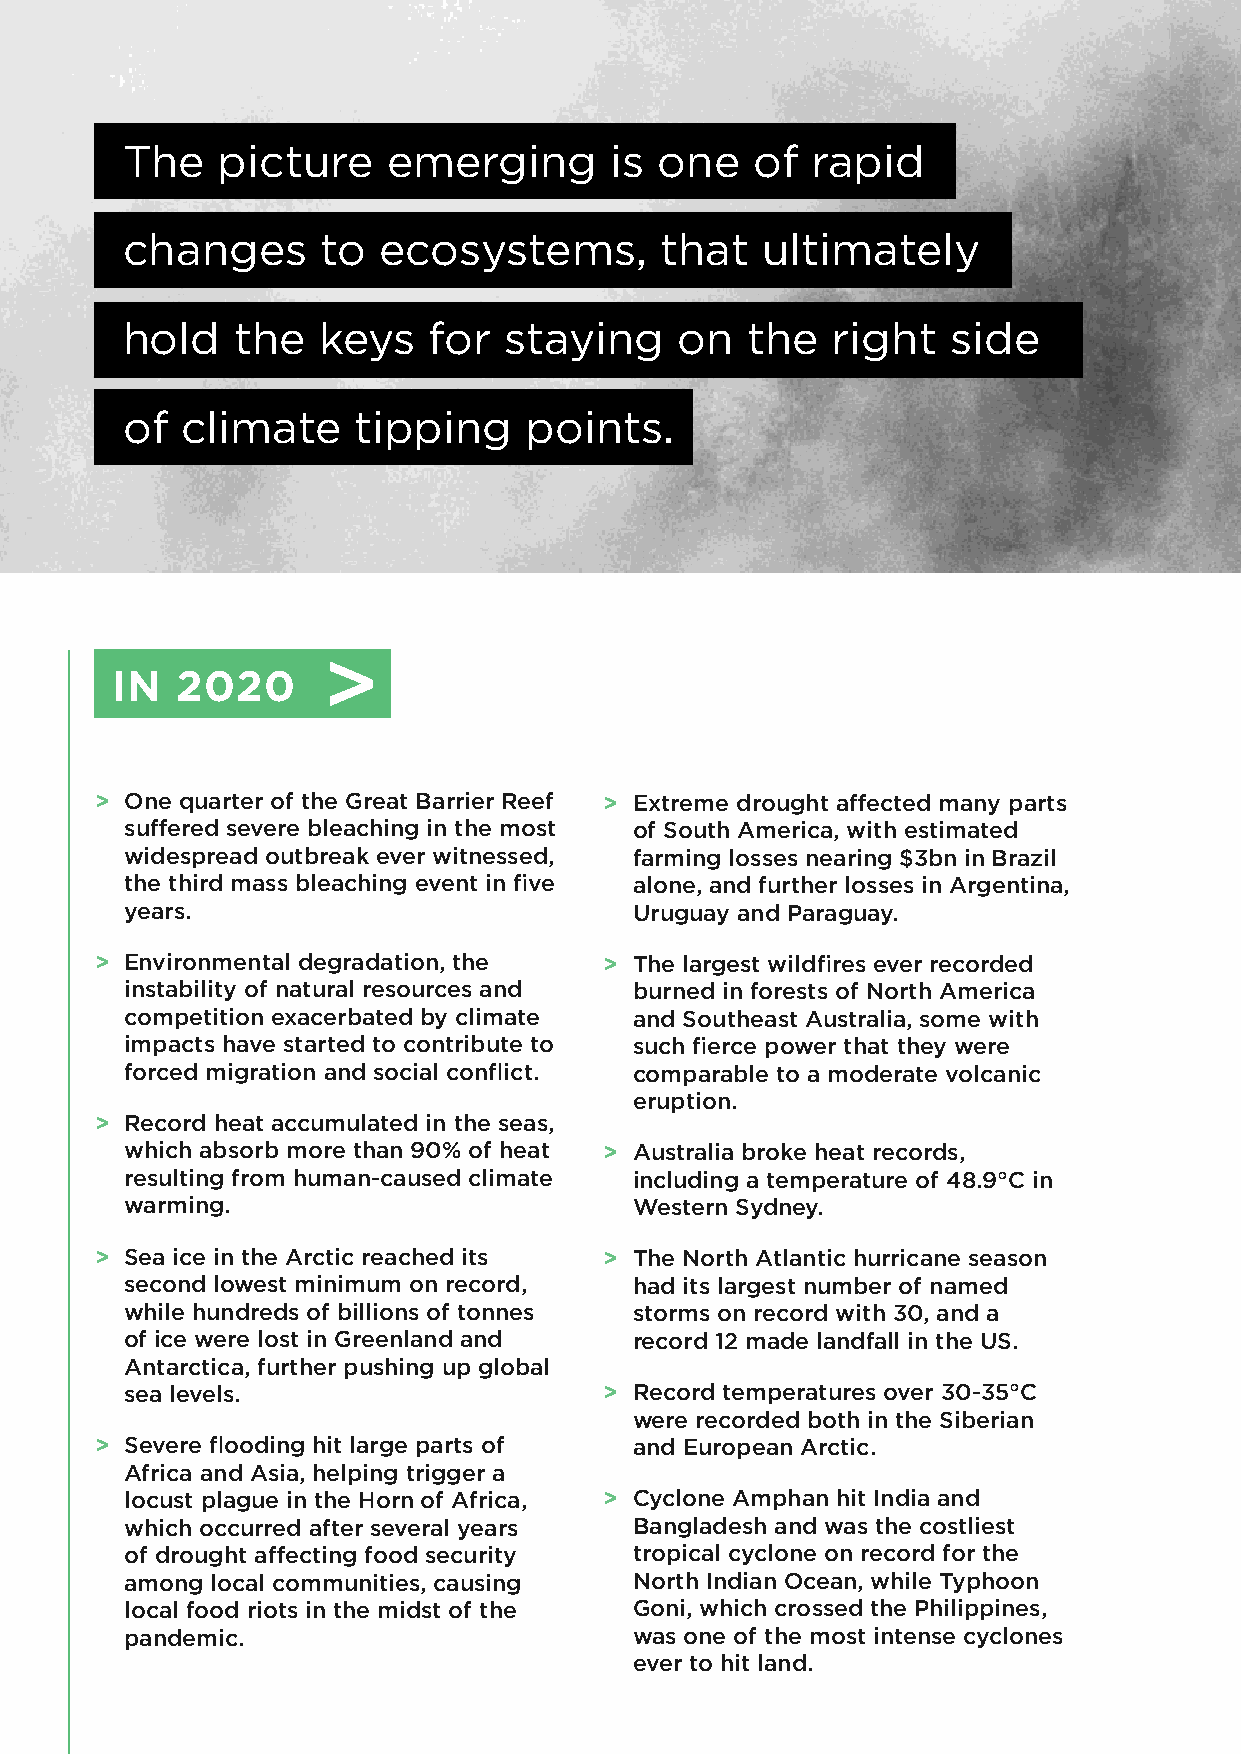
The   picture     emerging      is  one   of  rapid
 changes      to  ecosystems,        that  ultimately
 hold   the   keys   for  staying     on  the   right   side
 of  climate    tipping     points.
 IN   2020
 > One quarter of the Great Barrier Reef > Extreme drought affected many parts
 suffered severe bleaching in the most of South America, with estimated
 widespread outbreak ever witnessed, farming losses nearing $3bn in Brazil
 the third mass bleaching event in five alone, and further losses in Argentina,
 years.                            Uruguay and Paraguay.
 > Environmental degradation, the  > The largest wildfires ever recorded
 instability of natural resources and burned in forests of North America
 competition exacerbated by climate and Southeast Australia, some with
 impacts have started to contribute to such fierce power that they were
 forced migration and social conflict. comparable to a moderate volcanic
 eruption.
 > Record heat accumulated in the seas,
 which absorb more than 90% of heat > Australia broke heat records,
 resulting from human-caused climate including a temperature of 48.9°C in
 warming.                          Western Sydney.
 > Sea ice in the Arctic reached its > The North Atlantic hurricane season
 second lowest minimum on record,  had its largest number of named
 while hundreds of billions of tonnes storms on record with 30, and a
 of ice were lost in Greenland and record 12 made landfall in the US.
 Antarctica, further pushing up global
 sea levels.                     > Record temperatures over 30-35°C
 were recorded both in the Siberian
 > Severe flooding hit large parts of and European Arctic.
 Africa and Asia, helping trigger a
 locust plague in the Horn of Africa, > Cyclone Amphan hit India and
 which occurred after several years Bangladesh and was the costliest
 of drought affecting food security tropical cyclone on record for the
 among local communities, causing  North Indian Ocean, while Typhoon
 local food riots in the midst of the Goni, which crossed the Philippines,
 pandemic.                         was one of the most intense cyclones
 ever to hit land.